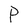
Character: P